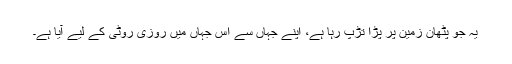
یہ جو پٹھان زمین پر پڑا تڑپ رہا ہے، اپنے جہاں سے اِس جہاں میں روزی روٹی کے لیے آیا ہے۔